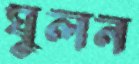
ঘুলন